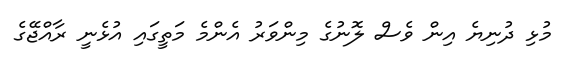
މުޅި ދުނިޔެ އިން ވެސް ލޮނުގެ މިންވަރު އެންމެ މަތީގައި އުޅެނީ ރާއްޖޭގެ